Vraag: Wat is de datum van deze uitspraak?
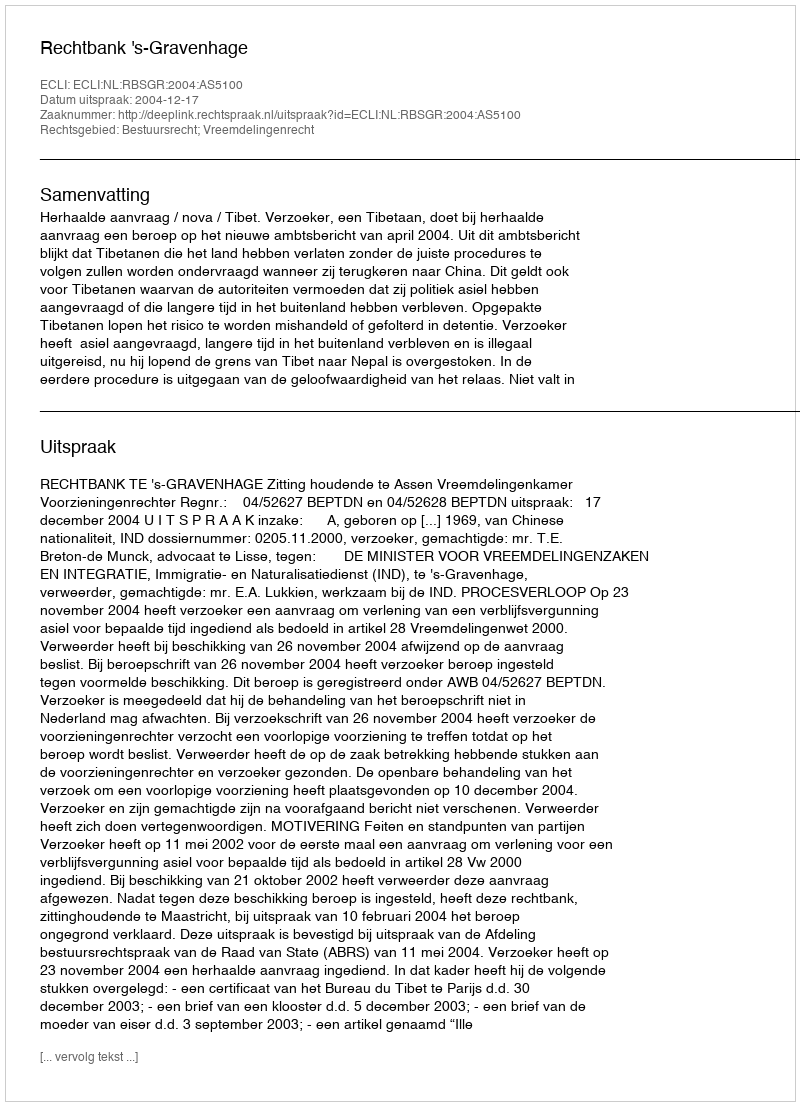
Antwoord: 2004-12-17